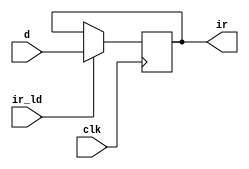
// module ir(clk,ir_ld,d,ir);
// 	input clk,ir_ld;
// 	input [7:0] d;
// 	output [7:0] ir;
// 	reg [7:0] ir;
// 	always@(negedge clk)
// 	if(ir_ld) ir<=d;
// 	else ;
// endmodule

module ir(
	input clk,ir_ld,
	input [7:0]d,
	output reg [7:0]ir
);
always@(negedge clk)
begin
	if(ir_ld) ir[7:0] <= d[7:0];
end
endmodule